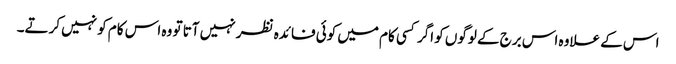
اس کے علاوہ اس برج کے لوگوں کو اگر کسی کام میں کوئی فائدہ نظر نہیں آتا تو وہ اس کام کو نہیں کرتے۔